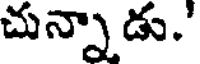
చున్నాడు.'